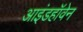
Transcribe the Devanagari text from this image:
आइंडहॉवेन